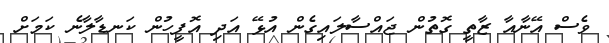
ވެސް އޭނާއާ ޒާތީ ގޮތުން ޖައްސާލައިގެން އުޅޭ އަދި އޮފީހުން ކަނޑާލާނެ ކަމަށް